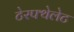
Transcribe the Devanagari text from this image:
टेरफ्थेलेट